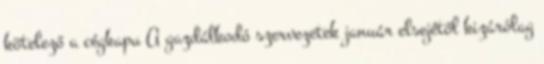
kötelező a cégkapu A gazdálkodó szervezetek január elsejétől kizárólag